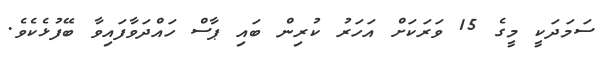
ސަމަދަކީ މީގެ 15 ވަރަކަށް އަހަރު ކުރިން ބައި ޕާސް ހައްދަވާފައިވާ ބޭފުޅެކެވެ.